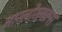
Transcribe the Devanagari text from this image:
सारलोरलक्स